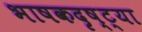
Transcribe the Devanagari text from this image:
भाषकदृष्ट्या